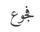
فجوع